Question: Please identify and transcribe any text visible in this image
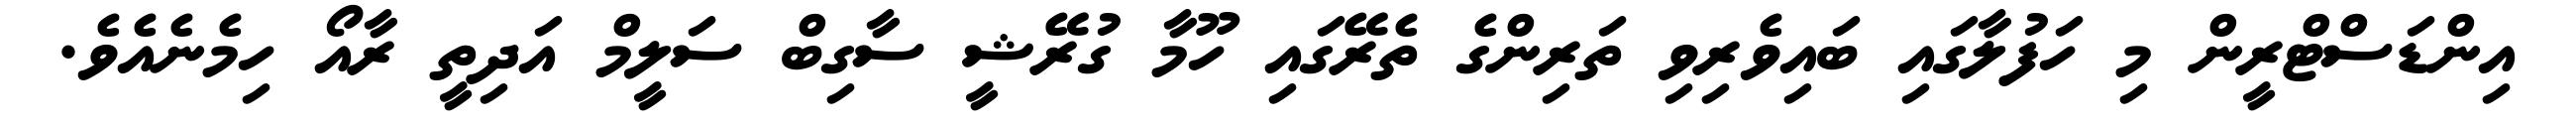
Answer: އިންޑަސްޓްރީން މި ހަފުލާގައި ބައިވެރިވި ތަރިންގެ ތެރޭގައި ހޫމާ ގުރޭޝީ ސާގިބް ސަލީމް އަދިތީ ރާއޯ ހިމެނެއެވެ.